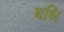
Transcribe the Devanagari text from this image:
बधि